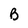
Character: B